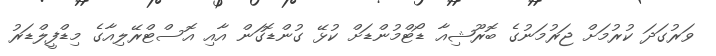
ވަރުގަދަ ކުރުމަށް ޖަރުމަނުގެ ބޮރޫޝިއާ ޑޯޓްމުންޑަށް ކުޅޭ ގުންޑޮގަން އާއި އޮސްޓްރޭލިއާގެ މިޑްފީލްޑަރު